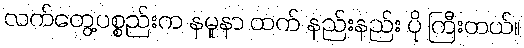
လက်တွေ့ပစ္စည်းက နမူနာ ထက် နည်းနည်း ပို ကြီးတယ်။